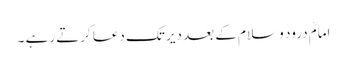
امامؒ درود و سلام کے بعد دیر تک دعا کرتے رہے ۔